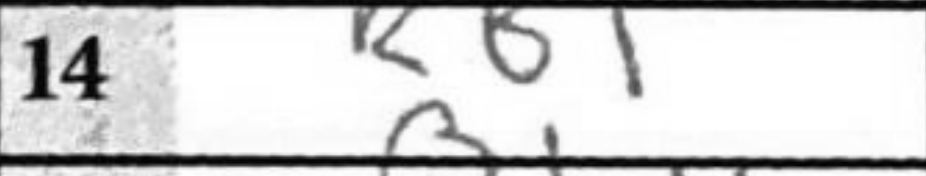
Transcription: RB1